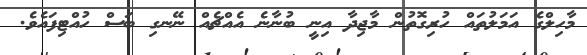
މާހިލްގެ އަމަލުތައް ހުރިގޮތުން މާޖިދާ އިނީ ބުނާނެ އެއްޗެއް ނޭނގި ބަސް ހުއްޓިފައެވެ.